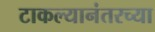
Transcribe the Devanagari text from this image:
टाकल्यानंतरच्या